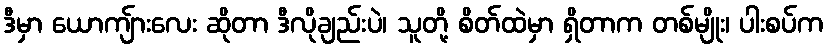
ဒီမှာ ယောကျ်ားလေး ဆိုတာ ဒီလိုချည်းပဲ၊ သူတို့ စိတ်ထဲမှာ ရှိတာက တစ်မျိုး၊ ပါးစပ်က